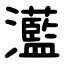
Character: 灆